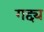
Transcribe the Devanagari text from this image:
गद्द्य